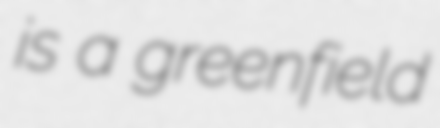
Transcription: is a greenfield